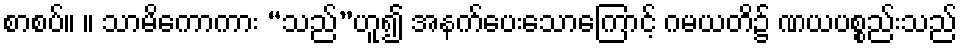
စာစပ်။ ။ သာမိကောကား “သည်”ဟူ၍ အနက်ပေးသောကြောင့် ဂမယတိ၌ ဏယပစ္စည်းသည်